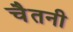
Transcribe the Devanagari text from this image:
चैतनी